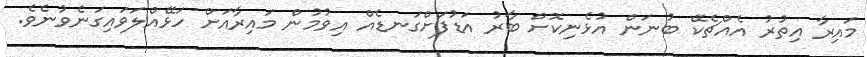
މައިރާ އިތުރު އެއްޗެކޭ ބުނަން އުޅެނިކޮށް ބާރު އަޑުފަށްގަނޑެއް އިވުމުން މައިރާއަށް ހަޅޭއްލަވައިގަނެވުނެވެ.